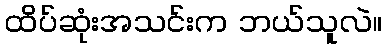
ထိပ်ဆုံးအသင်းက ဘယ်သူလဲ။